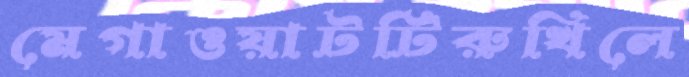
মেগাওয়াটটিরুখিলে